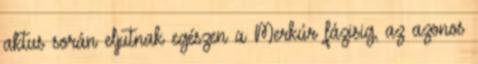
aktus során eljutnak egészen a Merkúr fázisig, az azonos